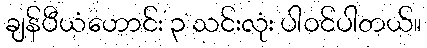
ချန်ပီယံဟောင်း ၃ သင်းလုံး ပါဝင်ပါတယ်။